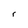
Character: r